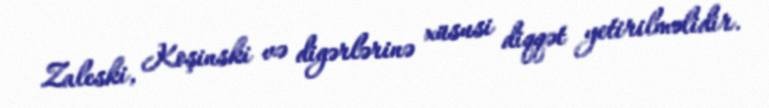
Zaleski, Koşinski və digərlərinə xüsusi diqqət yetirilməlidir.